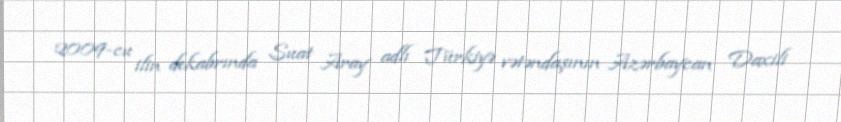
2009-cu ilin dekabrında Suat Aray adlı Türkiyə vətəndaşının Azərbaycan Daxili